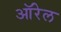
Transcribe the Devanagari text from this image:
ऑरेल